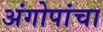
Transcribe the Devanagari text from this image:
अंगोपांचा